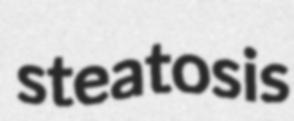
steatosis